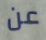
عن